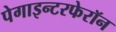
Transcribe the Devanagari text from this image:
पेगाइन्टरफेरॉन